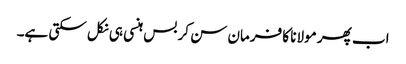
اب پھر مولانا کا فرمان سن کر بس ہنسی ہی نکل سکتی ہے۔